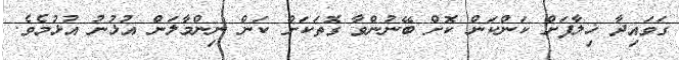
ގަވައިދާ ޚިލާފަށް ކަންކަން ކޮށް ބޭނުންވާ ގޮތަކަށް ކަން ނިންމާލަން އުޅުނު އުޅުމެވެ.